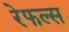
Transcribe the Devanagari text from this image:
रेफल्स